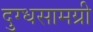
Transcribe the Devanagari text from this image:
दुग्धसामग्री